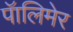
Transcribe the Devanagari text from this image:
पॅालिमेर